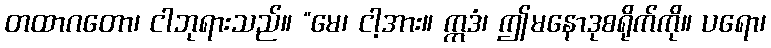
တထာဂတော၊ ငါဘုရားသည်။ “မေ၊ ငါ့အား။ ဣဒံ၊ ဤမနောဒုစရိုက်ကို။ ပရော၊